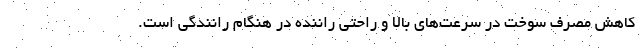
کاهش مصرف سوخت در سرعت‌های بالا و راحتی راننده در هنگام رانندگی است.